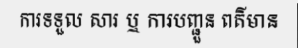
ការទទួល សារ ឬ ការបញ្ជួន ពត៌មាន